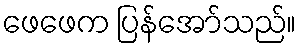
ဖေဖေက ပြန်အော်သည်။